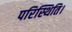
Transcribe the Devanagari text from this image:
परिस्थिति।